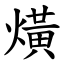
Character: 熿